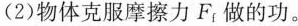
(2)物体克服摩擦力F_{f}，做的功。